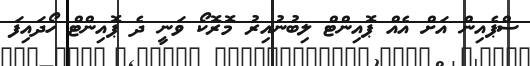
ސްޕެއިން އަށް އެއް ޕޮއިންޓް ލިބުނުއިރު މޮރޮކޯ ވަނީ ދެ ޕޮއިންޓް ހޯދައިފަ